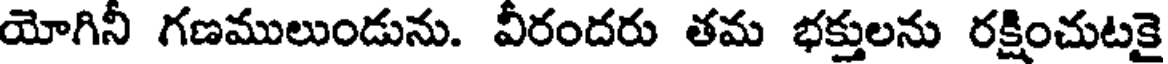
యోగినీ గణములుండును. వీరందరు తమ భక్తులను రక్షించుటకై